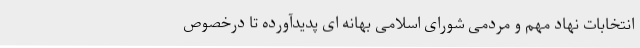
انتخابات نهاد مهم و مردمی شورای اسلامی بهانه ای پدیدآورده تا درخصوص